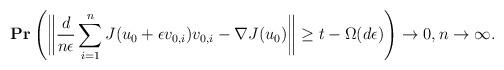
LaTeX: \begin{align*}\mathbf{Pr}\left( \bigg\|\frac{d}{n\epsilon} \sum_{i=1}^{n} J(u_0 + \epsilon v_{0,i})v_{0,i} - \nabla J(u_0) \bigg\| \geq t - \Omega(d\epsilon) \right) \rightarrow 0, n \rightarrow \infty.\end{align*}